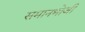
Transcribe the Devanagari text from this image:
समानभोजी